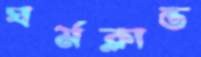
ঘর্মক্লান্ত